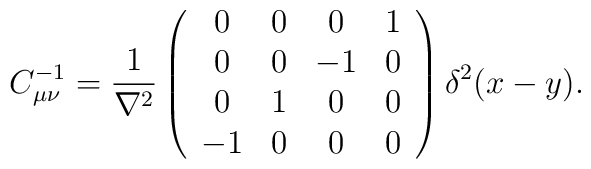
C^{-1}_{\mu\nu} = \frac{1}{\nabla^2}          \left ( \begin{array}{cccc}           0 & 0 & 0 & 1 \\           0 & 0 & -1 & 0  \\           0 & 1 & 0 & 0 \\          -1 & 0 & 0 & 0  \\      \end{array}     \right) \delta^2(x-y).